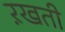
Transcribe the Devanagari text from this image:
ऱखती